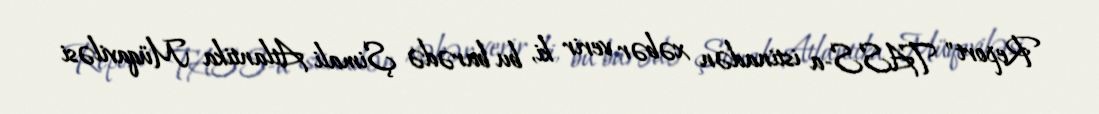
Report" TASS-a istinadən xəbər verir ki, bu barədə Şimali Atlantika Müqaviləsi